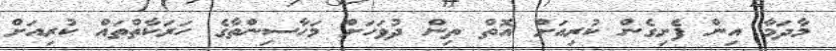
މާދަމާ އިން ފެށިގެން ކުރިއަށް އޮތް ތިން ދުވަހަށް މަހާސިންތާގެ ހަރަކާތްތައް ކުރިއަށް